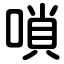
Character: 嗩